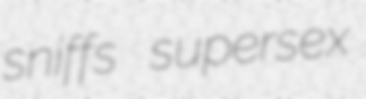
sniffs supersex